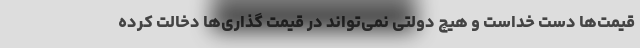
قیمت‌ها دست خداست و هیچ دولتی نمی‌تواند در قیمت گذاری‌ها دخالت کرده